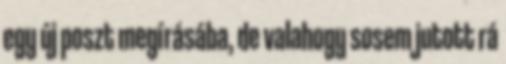
egy új poszt megírásába, de valahogy sosem jutott rá